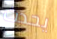
يحدث